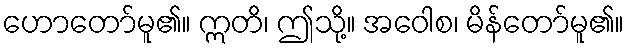
ဟောတော်မူ၏။ ဣတိ၊ ဤသို့။ အဝေါစ၊ မိန်တော်မူ၏။